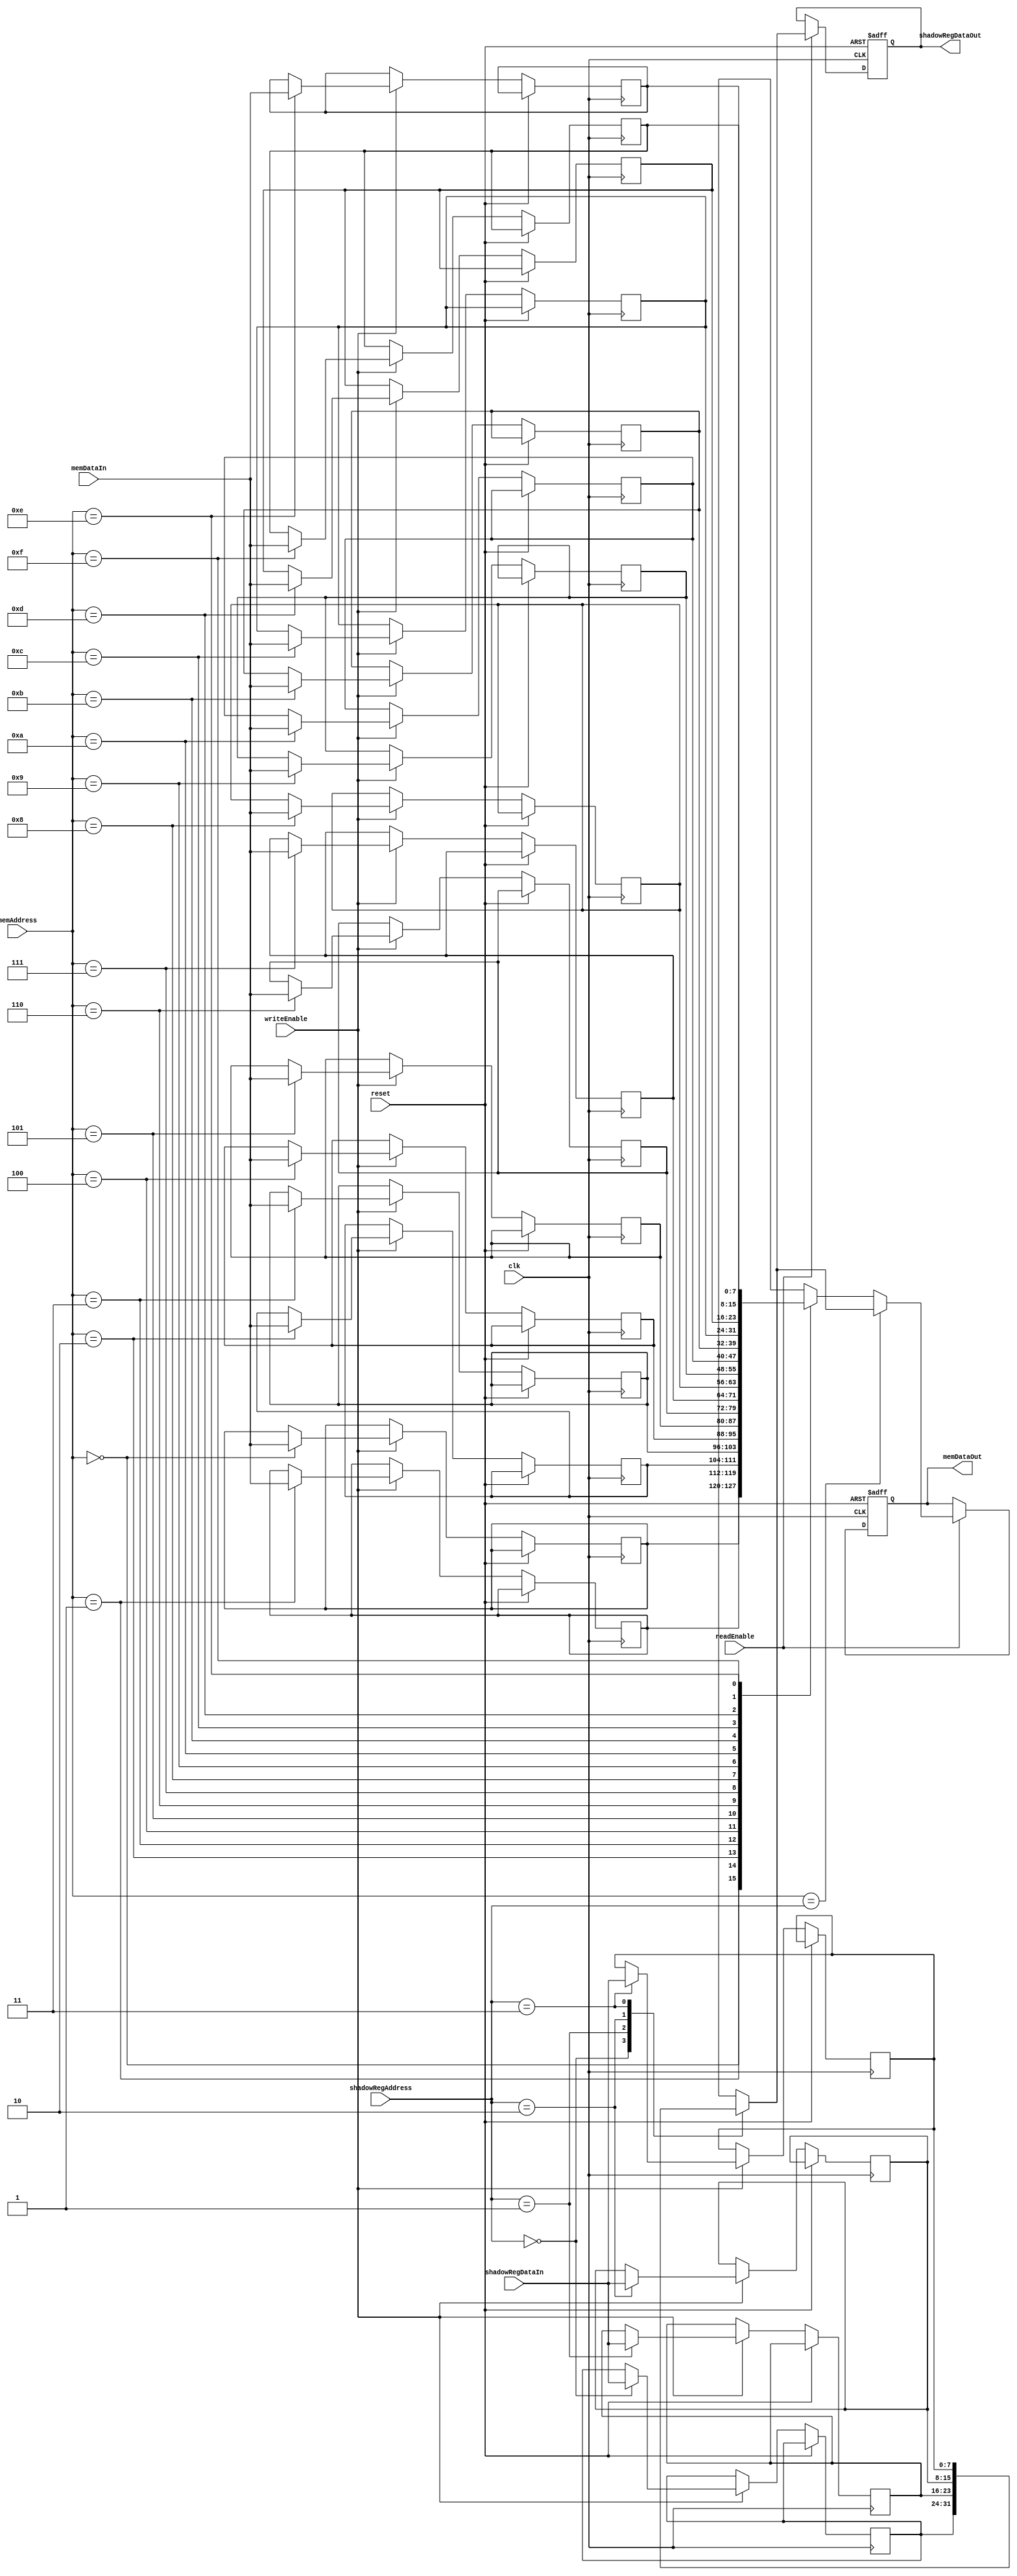
module ShadowRegisterFile (
    input wire clk,
    input wire reset,
    
    // Memory data ports
    input wire [7:0] memDataIn,
    output reg [7:0] memDataOut,
    
    // Shadow register ports
    input wire [7:0] shadowRegDataIn,
    output reg [7:0] shadowRegDataOut,
    
    // Address ports
    input wire [3:0] memAddress,
    input wire [1:0] shadowRegAddress,
    
    // Control signals
    input wire readEnable,
    input wire writeEnable
);

// Memory blocks
reg [7:0] memoryBlock [15:0];

// Shadow registers
reg [7:0] shadowRegister [3:0];

// Address decoding logic
always @ (posedge clk or posedge reset)
begin
    if (reset) begin
        memDataOut <= 8'b0;
        shadowRegDataOut <= 8'b0;
    end else begin
        if (readEnable) begin
            if (memAddress == shadowRegAddress) begin
                memDataOut <= shadowRegister[shadowRegAddress];
                shadowRegDataOut <= shadowRegister[shadowRegAddress];
            end else begin
                memDataOut <= memoryBlock[memAddress];
                shadowRegDataOut <= shadowRegister[shadowRegAddress];
            end
        end
        
        if (writeEnable) begin
            memoryBlock[memAddress] <= memDataIn;
            shadowRegister[shadowRegAddress] <= shadowRegDataIn;
        end
    end
end

endmodule